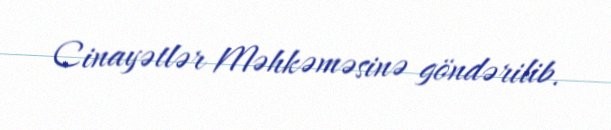
Cinayətlər Məhkəməsinə göndərilib.